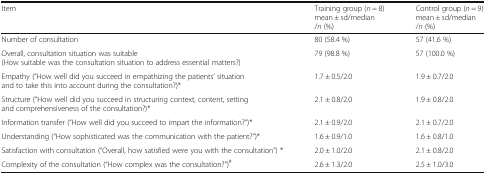
| Item | Training group (n = 8)mean ± sd/median/n (%) | Control group (n = 9)mean ± sd/median/n (%) |
 | --- | --- | --- |
 | Number of consultation | 80 (58.4 %) | 57 (41.6 %) |
 | Overall, consultation situation was suitable(How suitable was the consultation situation to address essential matters?) | 79 (98.8 %) | 57 (100.0 %) |
 | Empathy (“How well did you succeed in empathizing the patients’ situation and to take this into account during the consultation?)* | 1.7 ± 0.5/2.0 | 1.9 ± 0.7/2.0 |
 | Structure (“How well did you succeed in structuring context, content, setting and comprehensiveness of the consultation?)* | 2.1 ± 0.8/2.0 | 1.9 ± 0.8/2.0 |
 | Information transfer (“How well did you succeed to impart the information?”)* | 2.1 ± 0.9/2.0 | 2.1 ± 0.7/2.0 |
 | Understanding (“How sophisticated was the communication with the patient?”)* | 1.6 ± 0.9/1.0 | 1.6 ± 0.8/1.0 |
 | Satisfaction with consultation (“Overall, how satisfied were you with the consultation”) * | 2.0 ± 1.0/2.0 | 2.1 ± 0.8/2.0 |
 | Complexity of the consultation (“How complex was the consultation?”)# | 2.6 ± 1.3/2.0 | 2.5 ± 1.0/3.0 |